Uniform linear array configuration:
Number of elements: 48
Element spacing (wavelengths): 0.5
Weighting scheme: exponential
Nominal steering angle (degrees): -15
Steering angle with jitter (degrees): -13.64
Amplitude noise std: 0.05
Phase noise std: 0.05

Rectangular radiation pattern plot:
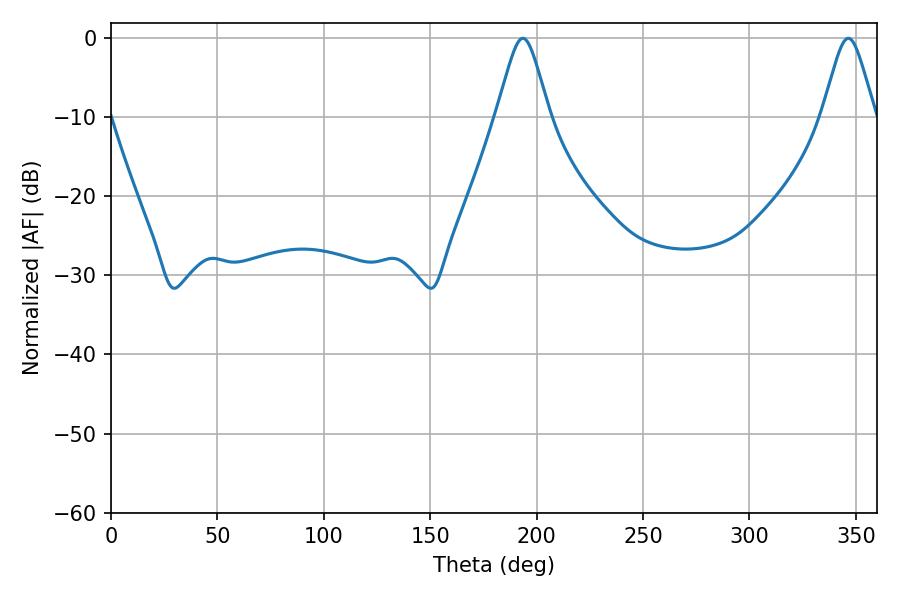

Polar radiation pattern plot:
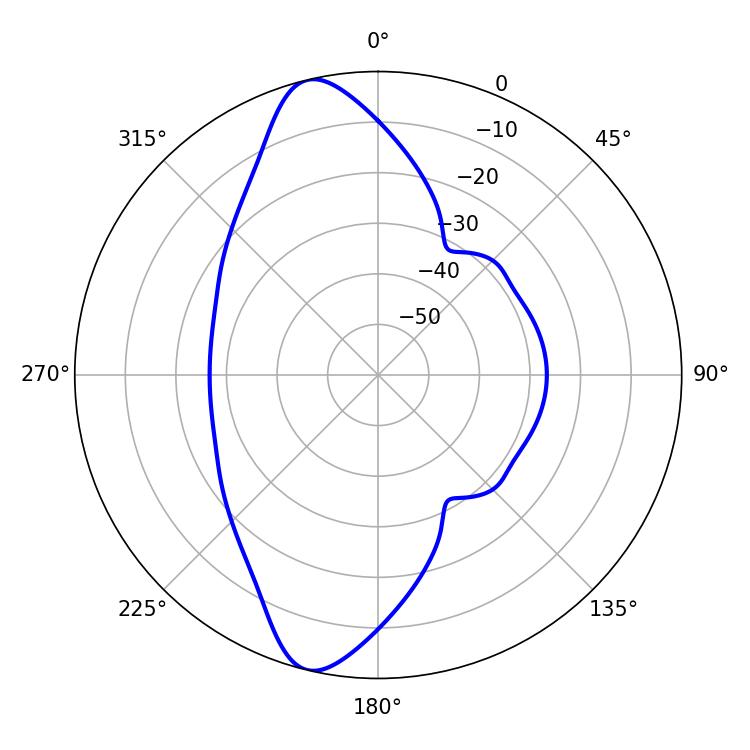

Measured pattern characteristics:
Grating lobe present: FALSE
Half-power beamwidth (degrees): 11.88
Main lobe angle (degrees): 193.5